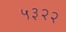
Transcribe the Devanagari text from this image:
५३२२